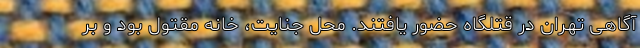
آگاهی تهران در قتلگاه حضور یافتند. محل جنایت، خانه مقتول بود و بر